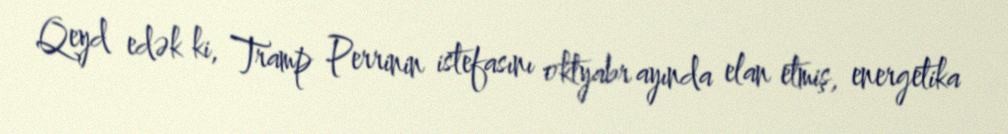
Qeyd edək ki, Tramp Perrinin istefasını oktyabr ayında elan etmiş, energetika